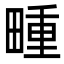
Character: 畽